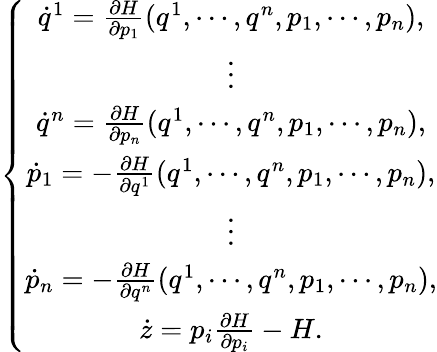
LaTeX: \left\lbrace\begin{array}{c}{\dot{q}^{1}=\frac{\partial H}{\partial p_{1}}(q^{1},\cdots,q^{n},p_{1},\cdots,p_{n}),}\\ {\vdots}\\ {\dot{q}^{n}=\frac{\partial H}{\partial p_{n}}(q^{1},\cdots,q^{n},p_{1},\cdots,p_{n}),}\\ {\dot{p}_{1}=-\frac{\partial H}{\partial q^{1}}(q^{1},\cdots,q^{n},p_{1},\cdots,p_{n}),}\\ {\vdots}\\ {\dot{p}_{n}=-\frac{\partial H}{\partial q^{n}}(q^{1},\cdots,q^{n},p_{1},\cdots,p_{n}),}\\ {\dot{z}=p_{i}\frac{\partial H}{\partial p_{i}}-H.}\end{array}\right.